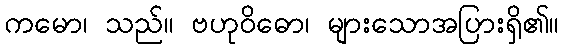
ကမော၊ သည်။ ဗဟုဝိဓော၊ များသောအပြားရှိ၏။